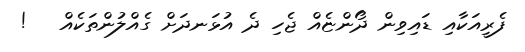
ފެރީއަކާއި ޑައިވިން ދޯންޏެއް ޖެހި ދެ އުޅަނދަށް ގެއްލުންތަކެއް   !